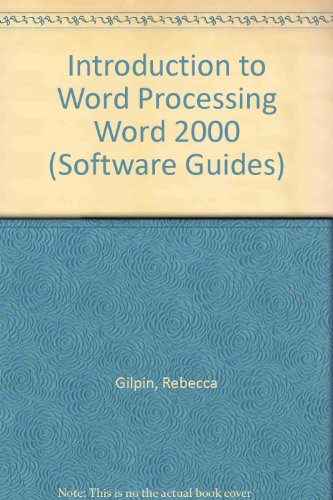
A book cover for Introduction to Word Processing Word 2000 (Software Guides); Rebecca Gilpin; Children's Books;